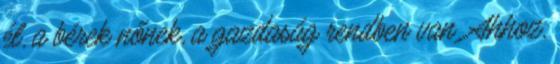
él, a bérek nőnek, a gazdaság rendben van. Ahhoz,